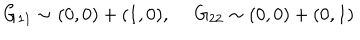
LaTeX: G _ { 1 1 } \sim ( 0 , 0 ) + ( 1 , 0 ) , ~ ~ G _ { 2 2 } \sim ( 0 , 0 ) + ( 0 , 1 )